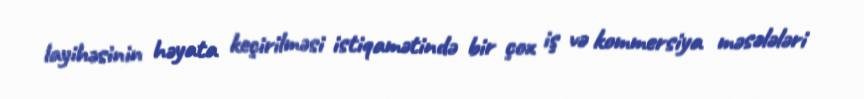
layihəsinin həyata keçirilməsi istiqamətində bir çox iş və kommersiya məsələləri